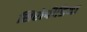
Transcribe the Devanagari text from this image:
सिरोपीडिया